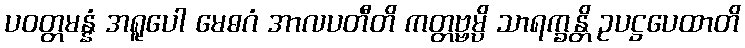
ပဝတ္တမန္နံ အရူပေါ မေဓဂံ အာလပတီတိ ကတ္တဗ္ဗမ္ပိ သာရက္ခန္တိ ဥပဋ္ဌပေထာတိ